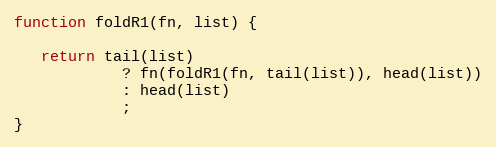
Language: JavaScript
function foldR1(fn, list) {

   return tail(list)
            ? fn(foldR1(fn, tail(list)), head(list))
            : head(list)
            ;
}